Annual administration and progress report of the Indian Medical Department, Bombay
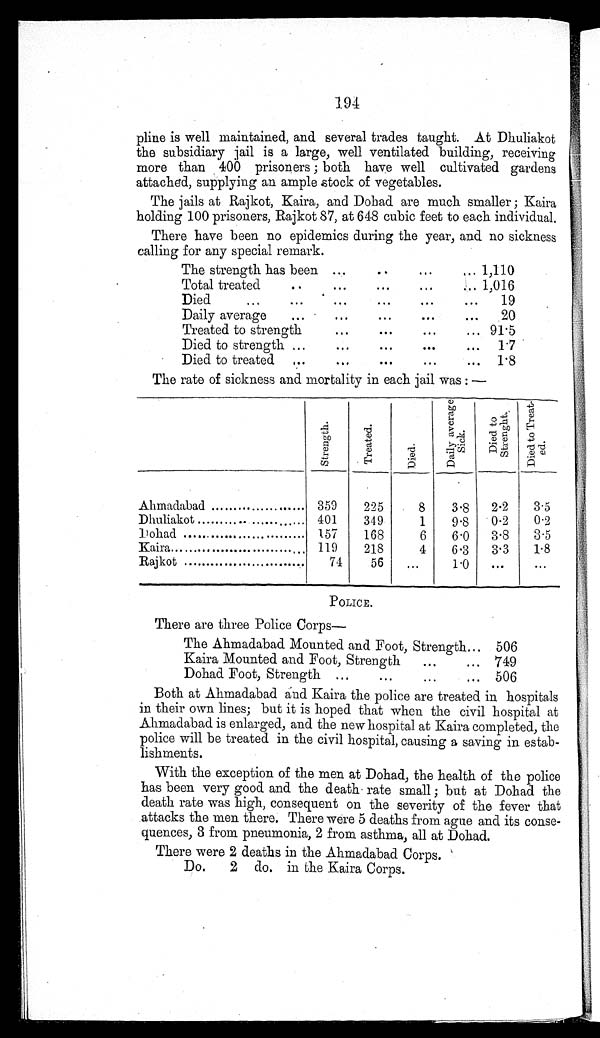
194
pline is well maintained, and several trades taught. At Dhuliakot
the subsidiary jail is a large, well ventilated building, receiving
more than 400 prisoners; both have well cultivated gardens
attached, supplying an ample stock of vegetables.
The jails at Rajkot, Kaira, and Dohad are much smaller; Kaira
holding 100 prisoners, Rajkot 87, at 648 cubic feet to each individual.
There have been no epidemics during the year, and no sickness
calling for any special remark.
The strength has been
1,110
Total treated
1 , 0 1 6
Died
19
Daily average
20
Treated to strength
91.5
Died to strength
1 . 7
Died to treated
1 . 8
The rate of sickness and mortality in each jail was:—
S t r e n g t h .
T r e a t e d .
D i e d .
D a i l y a v e r a g e S i c k .
D i e d t o S t r e n g t h .
D i e d t o T r e a t - e d .
Ahmadabad
359
225
8
3.8
2.2
3.5
Dhuliakot
401
349
1
9.8
0.2
0.2
Dohad
157
168
6
6.0
3.8
3.5
Kaira
119
218
4
6.3
3.3
1.8
Rajkot
74
5 6
. . .
1.0
...
. . .
POLICE.
There are three Police Corps—
The Ahmadabad Mounted and Foot, Strength
506
Kaira Mounted and Foot, Strength
749
Dohad Foot, Strength
506
Both at Ahmadabad and Kaira the police are treated in hospitals
in their own lines; but it is hoped that when the civil hospital at
Ahmadabad is enlarged, and the new hospital at Kaira completed, the
police will be treated in the civil hospital, causing a saving in estab
- l i s h m e n t s .
With the exception of the men at Dohad, the health of the police
has been very good and the death rate small; but at Dohad the
death rate was high, consequent on the severity of the fever that
attacks the men there. There were 5 deaths from ague and its conse
- q u e n c e s , 3 f r o m p n e u m o n i a , 2 f r o m a s t h m a , a l l a t D o h a d .
There were 2 deaths in the Ahmadabad Corps.
Do. 2 do. in the Kaira Corps.